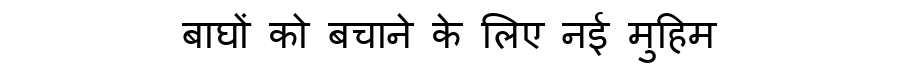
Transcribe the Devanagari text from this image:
बाघों को बचाने के लिए नई मुहिम